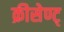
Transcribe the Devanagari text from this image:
क्रीसेण्ट्